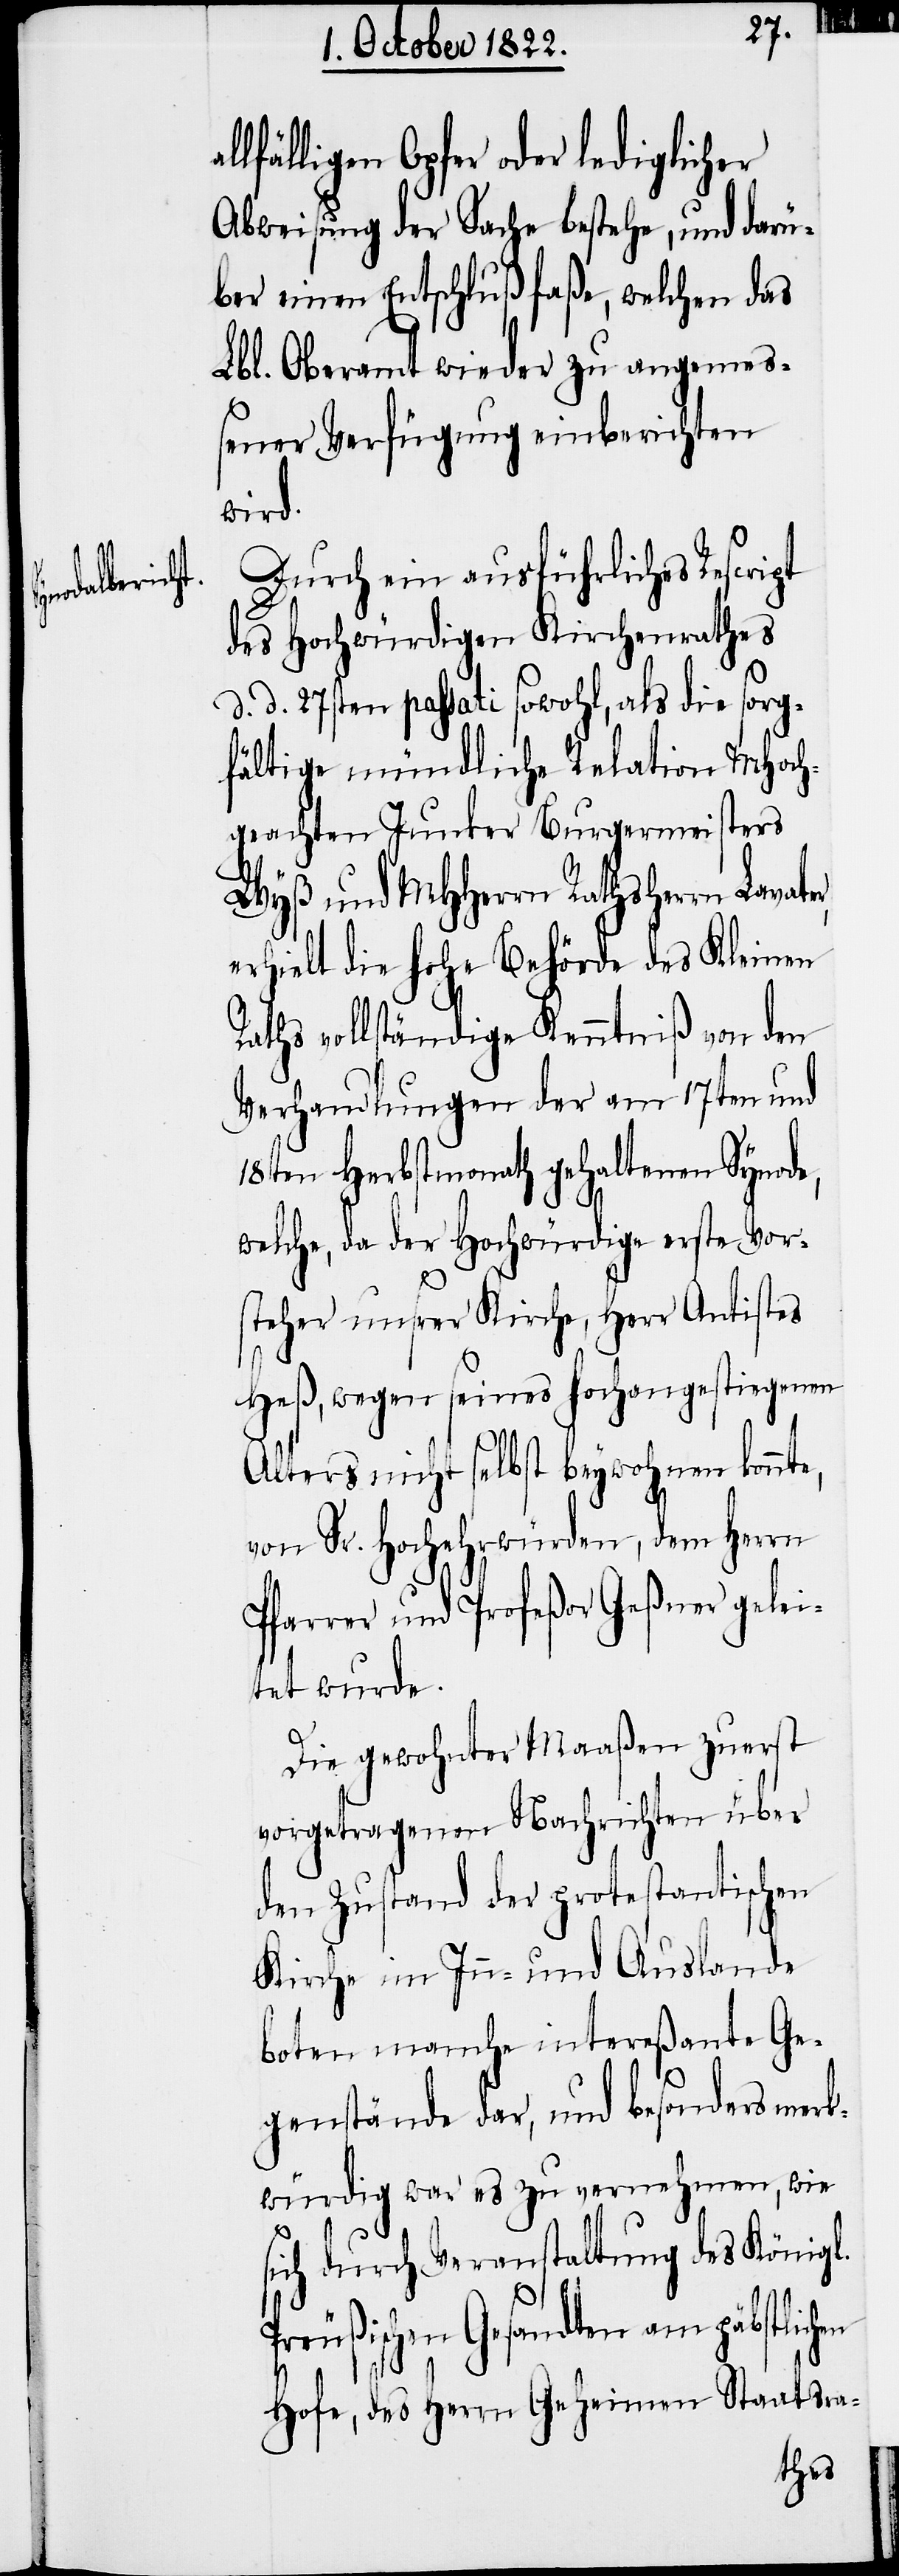
llfälligen Opfer oder lediglicher
Abweisung der Sache bestehe, und darü¬
ber einen Entschluß faße, welchen das
Lbl. Oberamt wieder zu angemeß¬
ener Verfügung einberichten
wird.
Durch ein ausführliches Rescript
des Hochwürdigen Kirchenrathes
d. d. 27sten passati sowohl, als die sorg¬
fältige mündliche Relation MHoch¬
geachten Junker Burgermeisters
Wyß und MHHerrn Rathsherrn Lavate¬
r,
erhielt die hohe Behörde des Kleinen
Raths vollständige Kenntniß von den
Verhandlungen der am 17ten und
18ten Herbstmonath gehaltenen Synode,
welche, da der Hochwürdige erste Vor¬
steher unsrer Kirche, Herr Antistes
Heß, wegen seines hochangestiegenen
Alters nicht selbst beywohnen konnte,
von Sr. Hochehrwürden, dem Herrn
Pfarrer und Profeßor Geßner gelei¬
tet wurde.
Die gewohnter Maaßen zuerst
vorgetragenen Nachrichten über
den Zustand der protestantischen
Kirche im In- und Auslande
boten manche intereßante Ge¬
genstände dar, und besonders merk¬
würdig war es zu vernehmen, wie
sich durch Veranstaltung des Königl.
Preußischen Gesandten am päbstlichen
Hofe, des Herrn Geheimen Staatsra-